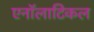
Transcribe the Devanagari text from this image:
एनॉलाटिकल